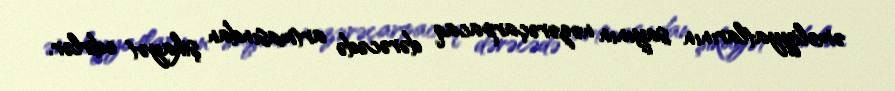
əməliyyatlarının sayının nəzərəçarpacaq dərəcədə artmasından şikayət edirlər.